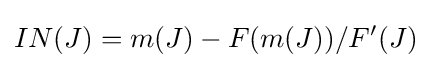
IN(J)=m(J)-F(m(J))/F'(J)